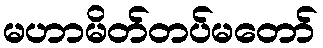
မဟာမိတ်တပ်မတော်